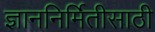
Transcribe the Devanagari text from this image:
ज्ञाननिर्मितीसाठी